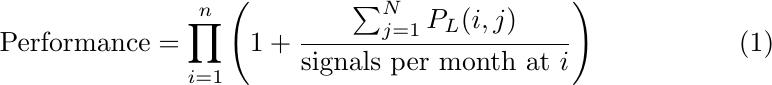
\begin{equation}
\label{eq:2}
    \text{Performance} = \prod_{i=1}^{n} \left(1 + \frac{\sum_{j=1}^{N} P_{L}(i, j)}{\text{signals per month at } i} \right)
\end{equation}